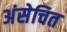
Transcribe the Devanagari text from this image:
अंसेचित